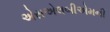
એસએલબીએમની